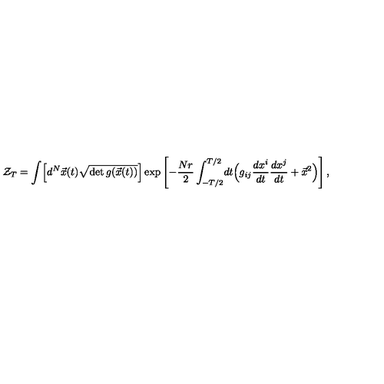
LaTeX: { \cal Z } _ { T } = \int \! \left[ d ^ { N } \vec { x } ( t ) \sqrt { \det g ( \vec { x } ( t ) ) } \right] \exp \left[ - { \frac { N r } { 2 } } \int _ { - T / 2 } ^ { T / 2 } \! d t \Bigl ( g _ { i j } { \frac { d x ^ { i } } { d t } } { \frac { d x ^ { j } } { d t } } + { \vec { x } } ^ { 2 } \Bigr ) \right] ,